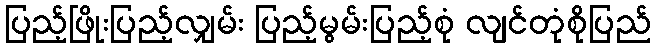
ပြည့်ဖြိုးပြည့်လျှမ်း ပြည့်မွမ်းပြည့်စုံ လျင်တုံစိုပြည်